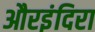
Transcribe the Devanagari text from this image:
औरइंदिरा